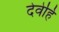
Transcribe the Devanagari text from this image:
देवेहि